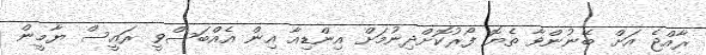
ރާއްޖެ އަށް ބޭނުންވާ ތެޔޮ ފޯރުކޮށްދިނުމަށް އިންޑިއާ އިން އެއްބަސްވީ ރައީސް ޔާމީން